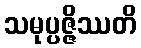
သမုပ္ပဇ္ဇိဿတိ